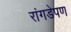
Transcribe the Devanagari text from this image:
रांगडेपण